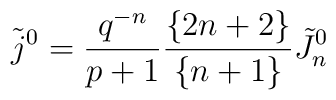
\tilde  j^0 = {q^{-n} \over p+1} {\{2n+2\} \over \{n+1\}} \tilde J^0_n